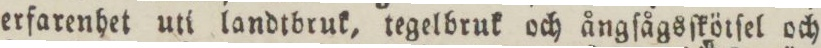
erfarenhet uti landtbruk, tegelbruk och ångſågsſkötſel och